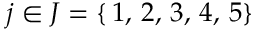
j \in J = \{ \, 1 , \, 2 , \, 3 , \, 4 , \, 5 \}